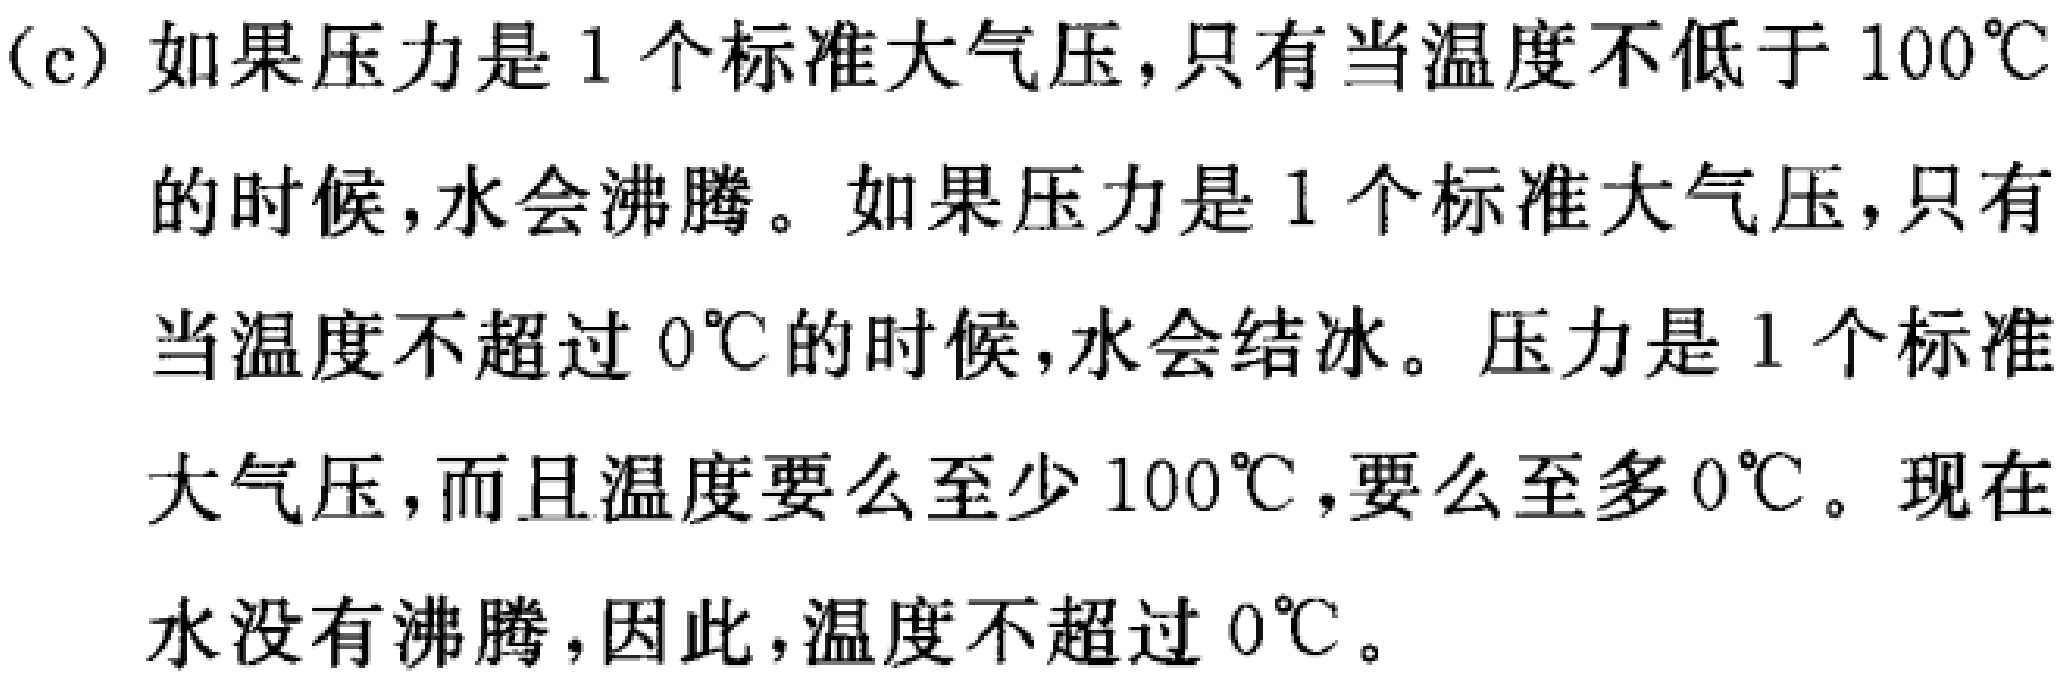
(c) 如果压力是 1 个标准大气压,只有当温度不低于 \(100^{\circ}C\) 的时候,水会沸腾。如果压力是 1 个标准大气压,只有当温度不超过 \(0^{\circ}C\) 的时候,水会结冰。压力是 1 个标准大气压,而且温度要么至少 \(100^{\circ}C\),要么至多 \(0^{\circ}C\)。现在水没有沸腾,因此,温度不超过 \(0^{\circ}C\)。